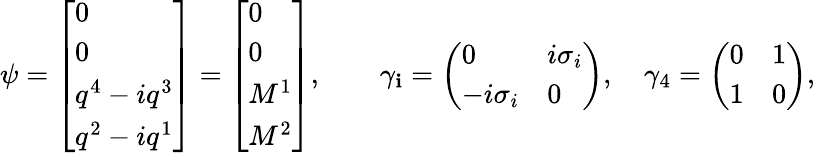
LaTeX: \psi=\left[\begin{array}{l}{{0}}\\ {{0}}\\ {{q^{4}-iq^{3}}}\\ {{q^{2}-iq^{1}}}\end{array}\right]=\left[\begin{array}{l}{{0}}\\ {{0}}\\ {{M^{1}}}\\ {{M^{2}}}\end{array}\right],\quad\quad\gamma_{\mathbf{i}}=\left(\begin{array}{ll}{{0}}&{{i\sigma_{i}}}\\ {{-i\sigma_{i}}}&{{0}}\end{array}\right),\quad\gamma_{4}=\left(\begin{array}{ll}{{0}}&{{1}}\\ {{1}}&{{0}}\end{array}\right),